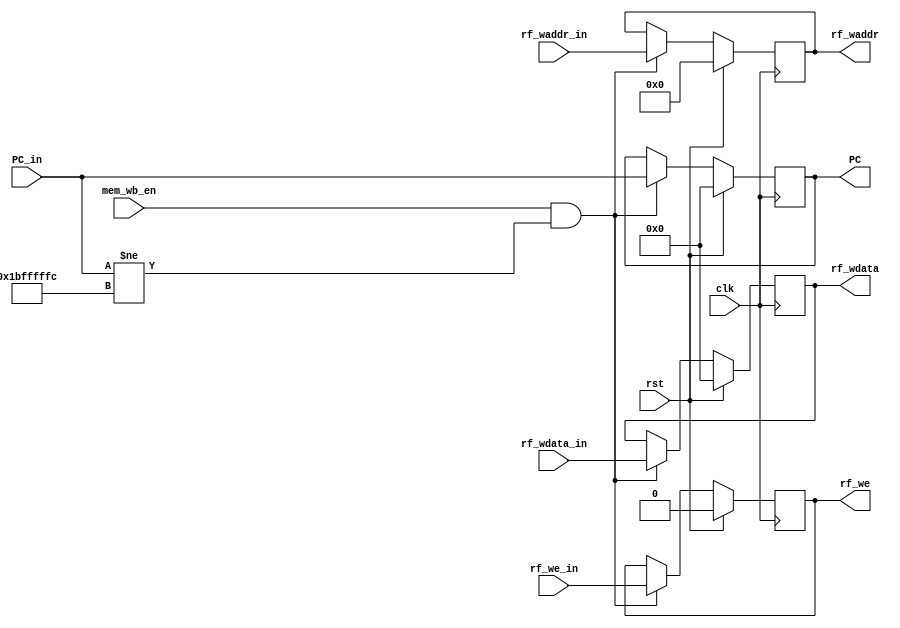
module MEM_WB(
    input clk, rst,
    //WB
    input wire rf_we_in,
    input wire mem_wb_en,
    input wire [4:0] rf_waddr_in,
    input wire [31:0] rf_wdata_in,
    input wire [31:0] PC_in,

    output reg rf_we,
    output reg [4:0] rf_waddr,
    output reg [31:0] rf_wdata,
    output reg [31:0] PC
);

always@(posedge clk) begin
    if(rst)begin
        rf_we <= 0;
        rf_waddr <= 0;
        rf_wdata <= 0;
        PC <= 0;
    end
    else if(mem_wb_en && PC_in != 32'h1bfffffc) begin
        rf_we <= rf_we_in;
        rf_waddr <= rf_waddr_in;
        rf_wdata <= rf_wdata_in;
        PC <= PC_in;
    end
end



endmodule